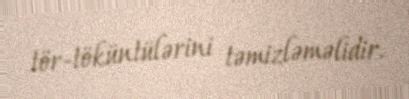
tör-töküntülərini təmizləməlidir.